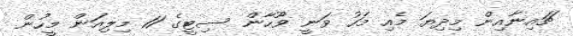
ޗައިނާއިން މިދިޔަ މެއި މަހު ވަނީ ވޫހާން ސިޓީގެ 11 މިލިއަން މީހުން